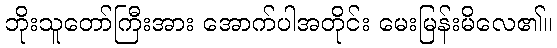
ဘိုးသူတော်ကြီးအား အောက်ပါအတိုင်း မေးမြန်းမိလေ၏။